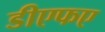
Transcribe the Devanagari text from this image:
डीएफए